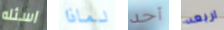
اسئله لماذا أحد اربعه